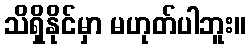
သိရှိနိုင်မှာ မဟုတ်ပါဘူး။